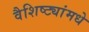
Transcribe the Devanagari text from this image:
वैशिष्ट्यांमधे